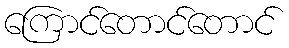
ကြောင်တောင်တောင်